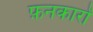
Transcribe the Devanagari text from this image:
फ़नकारों